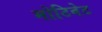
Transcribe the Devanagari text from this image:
मोटिवेट